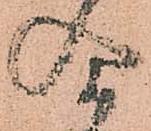
合